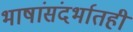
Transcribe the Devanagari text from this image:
भाषांसंदर्भातही